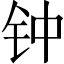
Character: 钟